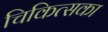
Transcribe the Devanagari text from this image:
चिकित्सका